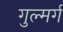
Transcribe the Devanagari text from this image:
गुल्मर्ग